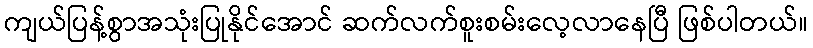
ကျယ်ပြန့်စွာအသုံးပြုနိုင်အောင် ဆက်လက်စူးစမ်းလေ့လာနေပြီ ဖြစ်ပါတယ်။